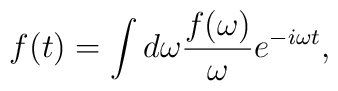
f(t) = \int{d\omega {f(\omega) \over \omega} e^{-i \omega t}},